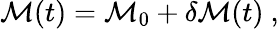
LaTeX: {\cal M}(t)={\cal M}_{0}+\delta{\cal M}(t)\ ,